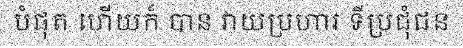
បំផុត ហើយក៏ បាន វាយប្រហារ ទីប្រជុំជន